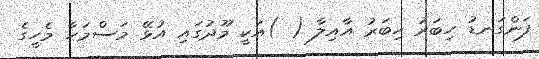
ފަންގަނޑު ހިބަރު ހިބަރު އާއިލާ ( )އަކީ މޫދުގައި އުޅޭ މަސްމަހާ މެހީގެ